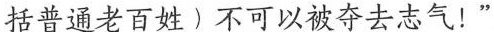
括普通老百姓)不可以被夺去志气!”